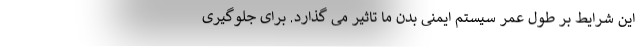
این شرایط بر طول عمر سیستم ایمنی بدن ما تاثیر می گذارد. برای جلوگیری